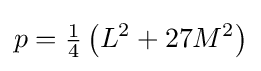
p={\tfrac {1}{4}}\left(L^{2}+27M^{2}\right)